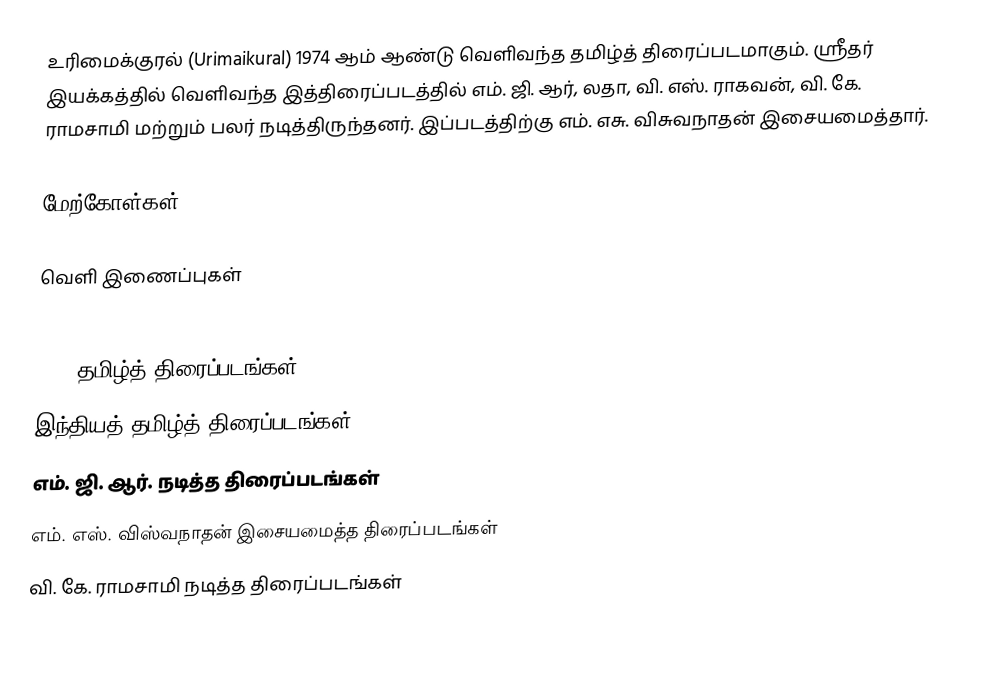
உரிமைக்குரல் (Urimaikural) 1974 ஆம் ஆண்டு வெளிவந்த தமிழ்த் திரைப்படமாகும். ஸ்ரீதர் இயக்கத்தில் வெளிவந்த இத்திரைப்படத்தில் எம். ஜி. ஆர், லதா,  வி. எஸ். ராகவன், வி. கே. ராமசாமி மற்றும் பலர் நடித்திருந்தனர். இப்படத்திற்கு எம். எசு. விசுவநாதன் இசையமைத்தார்.

மேற்கோள்கள்

வெளி இணைப்புகள்

1974 தமிழ்த் திரைப்படங்கள்
இந்தியத் தமிழ்த் திரைப்படங்கள்
எம். ஜி. ஆர். நடித்த திரைப்படங்கள்
எம். எஸ். விஸ்வநாதன் இசையமைத்த திரைப்படங்கள்
வி. கே. ராமசாமி நடித்த திரைப்படங்கள்